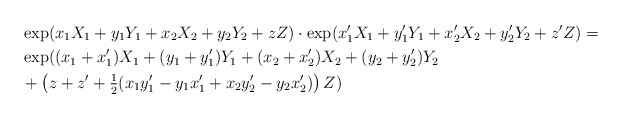
\begin{align*}&\exp(x_1X_1+y_1Y_1+x_2X_2+y_2Y_2+zZ)\cdot\exp(x_1'X_1+y_1'Y_1+x_2'X_2+y_2'Y_2+z'Z)=\\&\exp((x_1+x_1')X_1+(y_1+y_1')Y_1+(x_2+x_2')X_2+(y_2+y_2')Y_2\\&+\left(z+z'+\tfrac{1}{2}(x_1y_1'-y_1x_1'+x_2y_2'-y_2x_2')\right)Z)\end{align*}